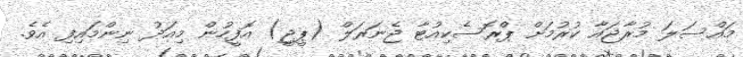
މައްސަލަ މުރާޖައާ ކުރުމަށް ޕްރޮސެކިއުޓާ ޖެނަރަލް (ޕީޖީ) އޮފީހުން މިއަދު ނިންމައިފި އެވެ.